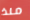
منذ